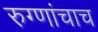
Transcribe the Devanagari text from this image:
रुग्णांचाच